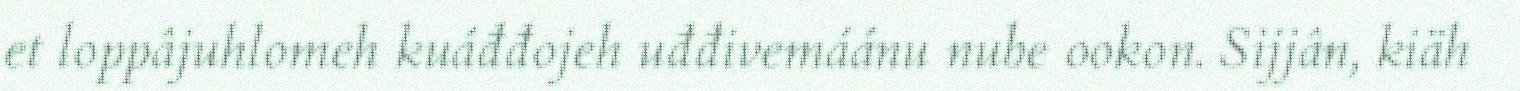
et loppâjuhlomeh kuáđđojeh uđđivemáánu nube ookon. Sijjân, kiäh